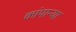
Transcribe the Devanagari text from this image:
कांपान्या